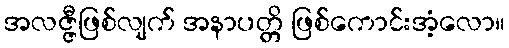
အလဇ္ဇီဖြစ်လျက် အနာပတ္တိ ဖြစ်ကောင်းအံ့လော။